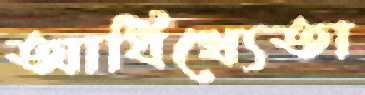
আধিখ্যেতা